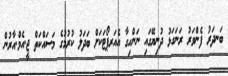
ބަނދަރު ފެންވަރު ރަނަގަޅު ދުނިޔޭގައި ނަންހިގާ އެއަރޕޯޓަކަށް ބަދަލު ކުރުމުގެ މަސައްކަތް ޖީ.އެމް.އާރުން